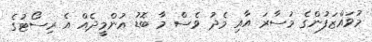
މުވައްޒަފުންގެ މުސާރަ އާއި މެދު ވެސް މާ ބޮޑު އުންމީދެއް އެ ރިސޯޓުގެ